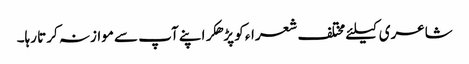
شاعری کیلئے مختلف شعراء کو پڑھکر اپنے آپ سے موازنہ کرتا رہا۔